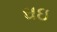
ઘઇ